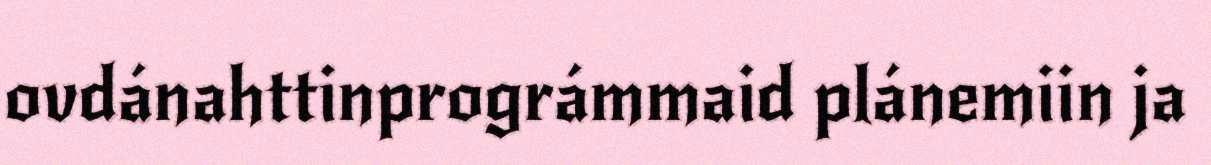
ovdánahttinprográmmaid plánemiin ja